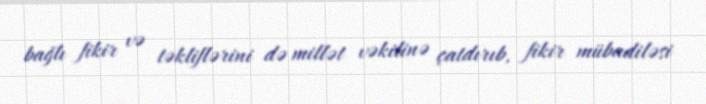
bağlı fikir və təkliflərini də millət vəkilinə çatdırıb, fikir mübadiləsi